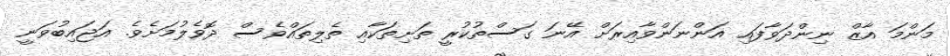
މަންމަ އާޒް ނިންދަވާފައި އަންނަންވާއިރަށް އޭނަ ގަސްތުކުރީ ތަށިތަކާއި ތެލިތައްވެސް ދޮވެލުމަށެވެ. އަޖައިބުވަނީ